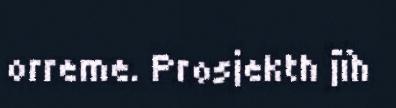
orreme. Prosjekth jïh